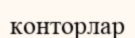
конторлар